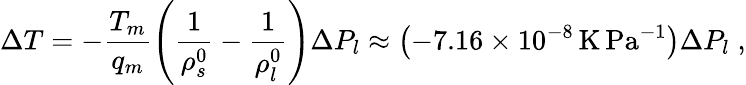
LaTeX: \Delta T=-\frac{T_{m}}{q_{m}}\left(\frac{1}{\rho_{s}^{0}}-\frac{1}{\rho_{l}^{0}}\right)\Delta P_{l}\approx\left(-7.16\times 10^{-8}\, \mathrm{K\, Pa^{-1}}\right)\Delta P_{l}\; ,